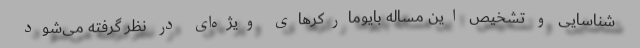
شناسایی و تشخیص این مساله بایومارکرهای ویژه‌ای در نظر گرفته می‌شود